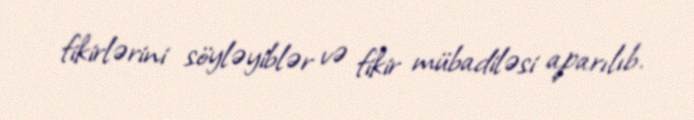
fikirlərini söyləyiblər və fikir mübadiləsi aparılıb.